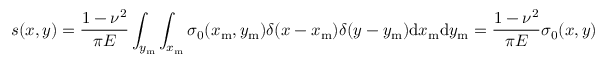
s ( x , y ) = \frac { 1 - \nu ^ { 2 } } { \pi E } \int _ { y _ { \mathrm { m } } } \int _ { x _ { \mathrm { m } } } \sigma _ { 0 } ( x _ { \mathrm { m } } , y _ { \mathrm { m } } ) \delta ( x - x _ { \mathrm { m } } ) \delta ( y - y _ { \mathrm { m } } ) \mathrm { d } x _ { \mathrm { m } } \mathrm { d } y _ { \mathrm { m } } = \frac { 1 - \nu ^ { 2 } } { \pi E } \sigma _ { 0 } ( x , y )